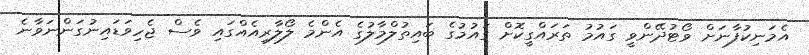
އެމަނިކުފާނަށް ވޯޓުދޭންވީ ގައުމު ތަރައްގީކޮށް ގައުމުގެ ބައިތުލްމާލުގެ އެންމެ ލޯލާރިއެއްގައި ވެސް ޖެހިވަޑައިނުގަންނަވާނެ